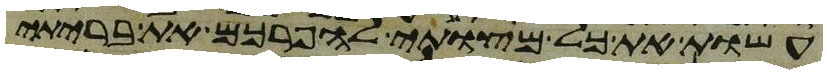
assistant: עשות את כל מצותי להפרכם את בריתי